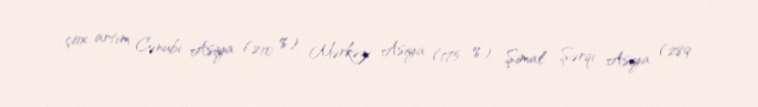
çox artım Cənubi Asiya (210 %), Mərkəzi Asiya (175 %), Şimal Şərqi Asiya (289